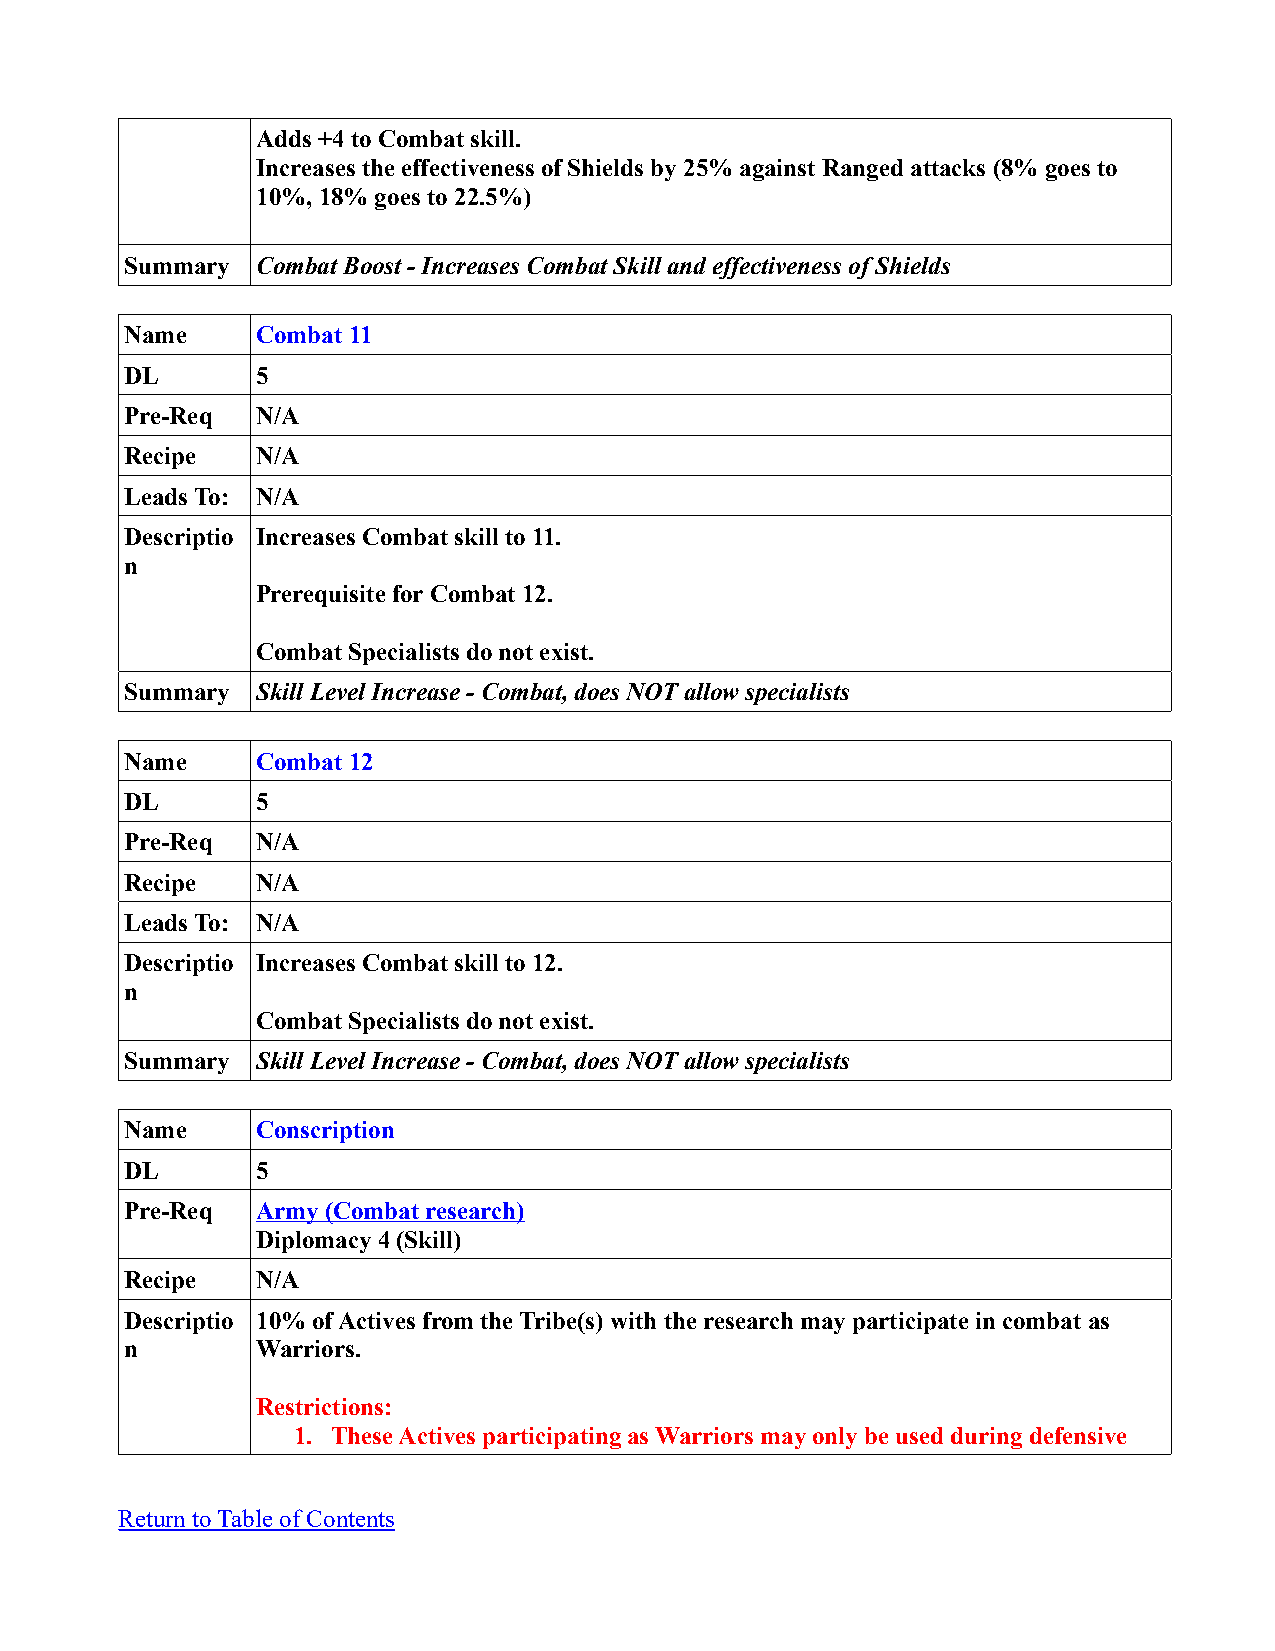
Adds +4 to Combat skill.
 Increases the effectiveness of Shields by 25% against Ranged attacks (8% goes to
 10%, 18% goes to 22.5%)
 Summary  Combat Boost - Increases Combat Skill and effectiveness of Shields
 Name     Combat 11
 DL       5
 Pre-Req  N/A
 Recipe   N/A
 Leads To: N/A
 Descriptio Increases Combat skill to 11.
 n
 Prerequisite for Combat 12.
 Combat Specialists do not exist.
 Summary  Skill Level Increase - Combat, does NOT allow specialists
 Name     Combat 12
 DL       5
 Pre-Req  N/A
 Recipe   N/A
 Leads To: N/A
 Descriptio Increases Combat skill to 12.
 n
 Combat Specialists do not exist.
 Summary  Skill Level Increase - Combat, does NOT allow specialists
 Name     Conscription
 DL       5
 Pre-Req  Army (Combat research)
 Diplomacy 4 (Skill)
 Recipe   N/A
 Descriptio 10% of Actives from the Tribe(s) with the research may participate in combat as
 n        Warriors.
 Restrictions:
 1. These Actives participating as Warriors may only be used during defensive
 Return to Table of Contents